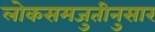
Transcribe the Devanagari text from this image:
लोकसमजुतीनुसार